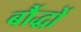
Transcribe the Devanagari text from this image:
बौंद्धों